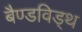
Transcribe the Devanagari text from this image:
बैण्डविड्थ